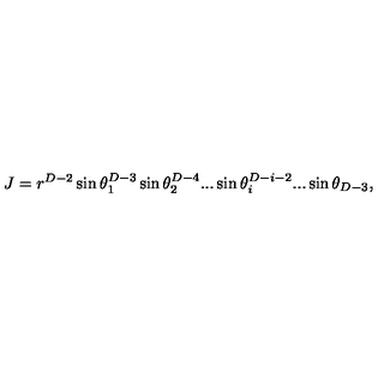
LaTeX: J = r ^ { D - 2 } \sin \theta _ { 1 } ^ { D - 3 } \sin \theta _ { 2 } ^ { D - 4 } . . . \sin \theta _ { i } ^ { D - i - 2 } . . . \sin \theta _ { D - 3 } ,